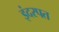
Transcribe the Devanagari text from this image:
इंदरपत